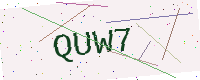
Text: QUW7